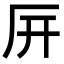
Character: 㕃